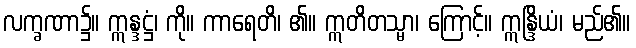
လက္ခဏာ၌။ ဣန္ဒဋ္ဌံ၊ ကို။ ကာရေတိ၊ ၏။ ဣတိတသ္မာ၊ ကြောင့်။ ဣန္ဒြိယံ၊ မည်၏။